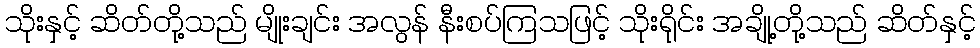
သိုးနှင့် ဆိတ်တို့သည် မျိုးချင်း အလွန် နီးစပ်ကြသဖြင့် သိုးရိုင်း အချို့တို့သည် ဆိတ်နှင့်